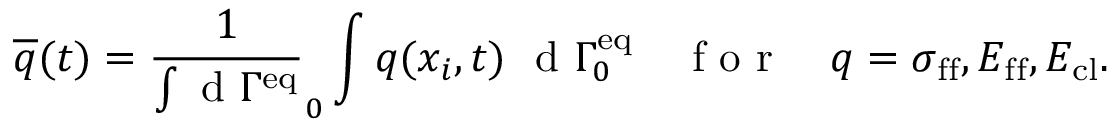
\overline { { q } } ( t ) = \frac { 1 } { \int \mathrm { ~ d ~ } \Gamma ^ { \mathrm { e q } } } _ { 0 } \int q ( x _ { i } , t ) \ \mathrm { ~ d ~ } \Gamma _ { 0 } ^ { \mathrm { e q } } \quad \mathrm { ~ f ~ o ~ r ~ } \quad q = \sigma _ { \mathrm { f f } } , E _ { \mathrm { f f } } , E _ { \mathrm { c l } } .